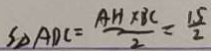
S _ { \Delta A D C } = \frac { A H \times B C } { 2 } = \frac { 1 5 } { 2 }